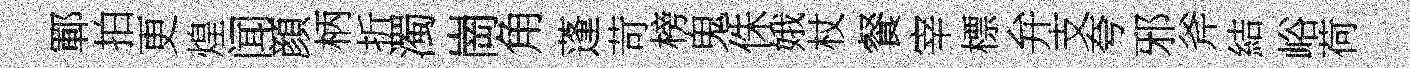
鄆拍更煌闻顔柄折濁崗角蓬苛榜鬼侏娥杖餐宰標弁支夸邪斧結峪荷